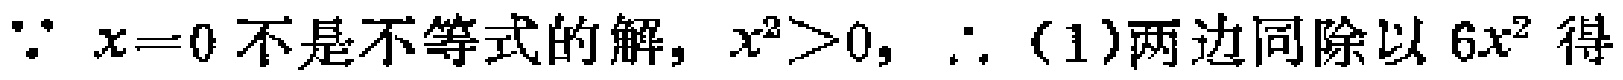
\(\because x = 0\)不是不等式的解，\(x^{2}>0\)，\(\therefore\)（1）两边同除以\(6x^{2}\)得